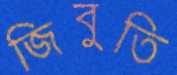
জিবুতি